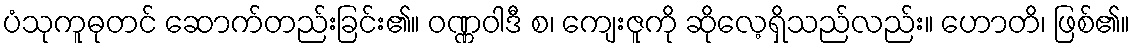
ပံသုကူဓုတင် ဆောက်တည်းခြင်း၏။ ဝဏ္ဏဝါဒီ စ၊ ကျေးဇူကို ဆိုလေ့ရှိသည်လည်း။ ဟောတိ၊ ဖြစ်၏။